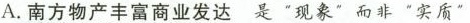
A.南方物产丰富商业发达 是”现象”而非”实质”